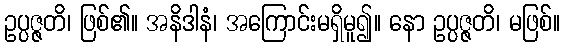
ဥပ္ပဇ္ဇတိ၊ ဖြစ်၏။ အနိဒါနံ၊ အကြောင်းမရှိမူ၍။ နော ဥပ္ပဇ္ဇတိ၊ မဖြစ်။